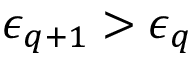
\epsilon _ { q + 1 } > \epsilon _ { q }